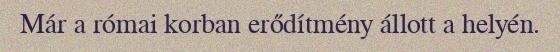
Már a római korban erődítmény állott a helyén.